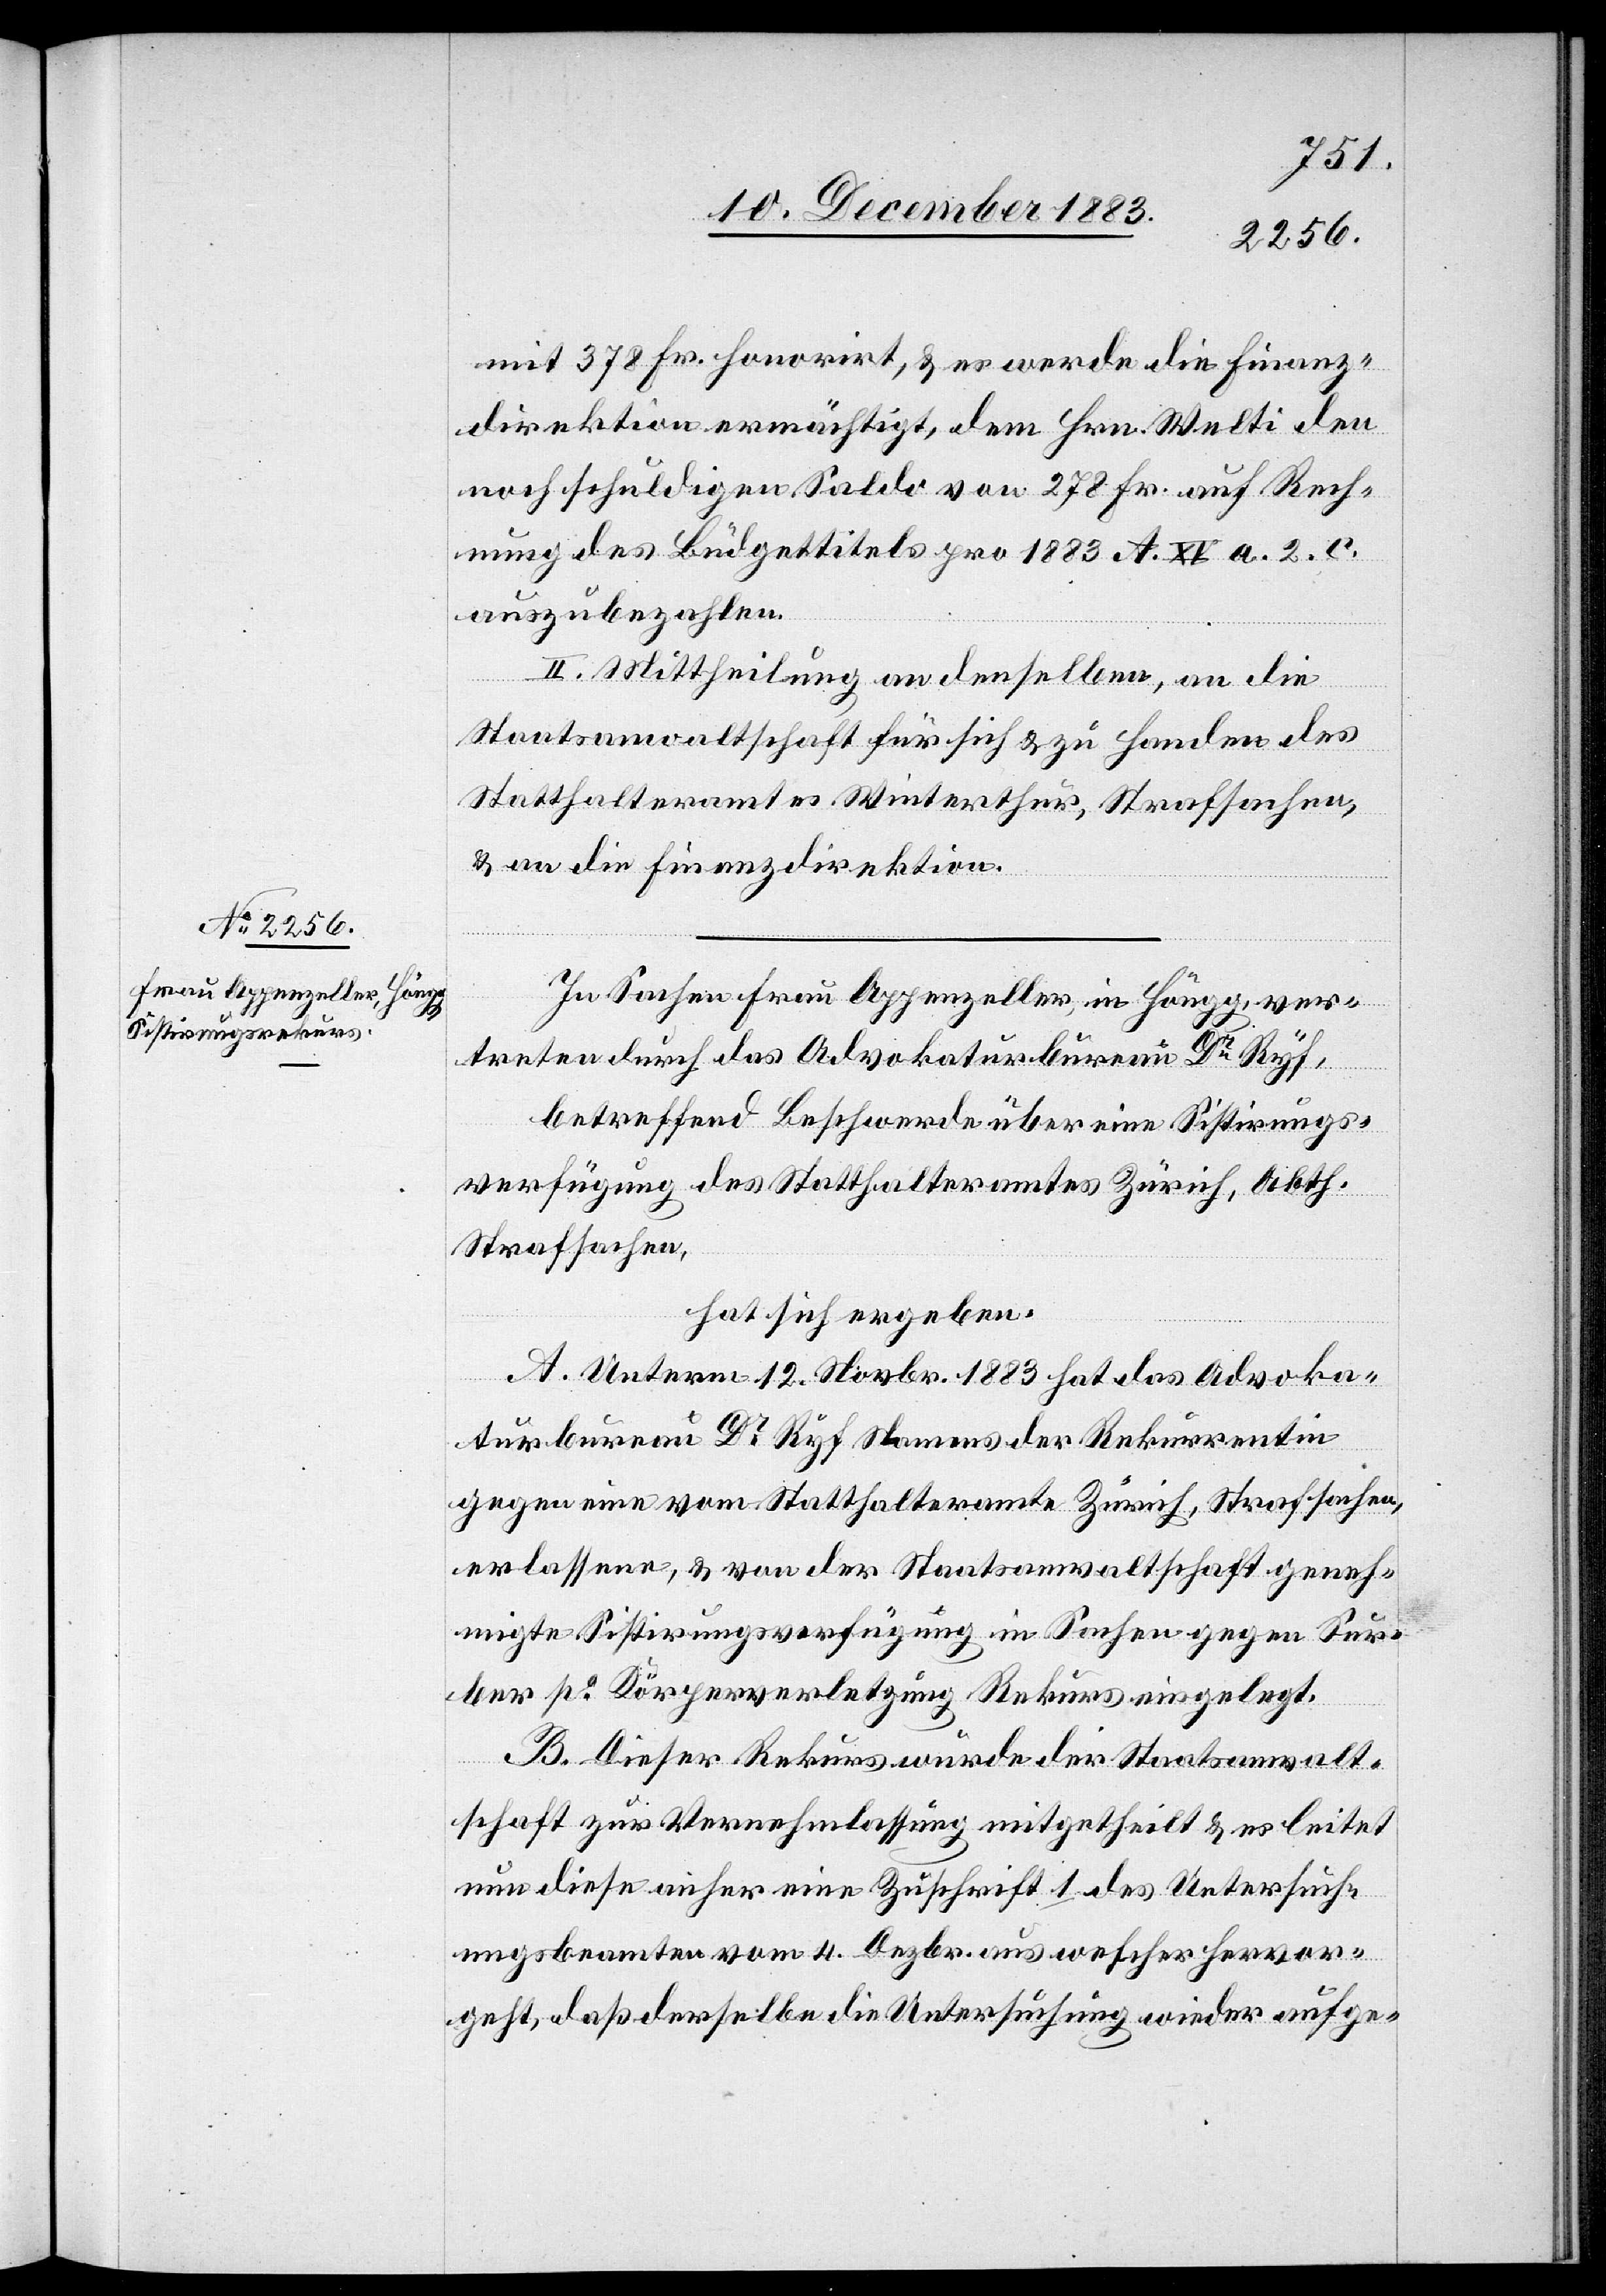
mit 378 Fr. honorirt, & es werde die Finanz¬
direktion ermächtigt, dem Hrn. Welti den
noch schuldigen Saldo von 278 Fr. auf Rech¬
nung des Büdgettitels pro 1883 A. XV a. 2. c.
auszubezahlen.
II. Mittheilung an denselben, an die
Staatsanwaltschaft für sich & zu Handen des
Statthalteramtes Winterthur, Strafsachen,
& an die Finanzdirektion.
In Sachen Frau Appenzeller, in Höngg, ver¬
treten durch das Advokatenbureau Dr Ryf,
betreffend Beschwerde über eine Sistirungs¬
verfügung des Statthalteramtes Zürich, Abth.
Strafsachen,
hat sich ergeben:
A. Unterm 12. Novbr. 1883 hat das Advoka¬
turbureau Dr Ryf Namens der Rekurrentin
gegen eine vom Statthalteramte Zürich, Strafsachen,
erlassene, & von der Staatsanwaltschaft geneh¬
migte Sistirungsverfügung in Sachen gegen Sur¬
ber po Körperverletzung Rekurs eingelegt.
B. Dieser Rekurs wurde der Staatsanwalt¬
schaft zur Vernehmlassung mitgetheilt & es leitet
nun diese anher eine Zuschrift 1. des Untersuch¬
ungsbeamten vom 4. Dezbr. aus welcher hervor¬
geht, daß derselbe die Untersuchung wieder aufge-